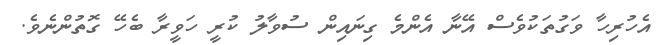
އެހުރިހާ ވަގުތަކުވެސް އޭނާ އެންމެ ގިނައިން ސުވާލު ކުރީ ހަވީރާ ބެހޭ ގޮތުންނެވެ.